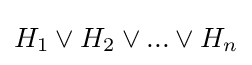
H_{1}\lor H_{2}\lor ...\lor H_{n}